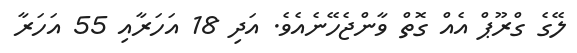
ލޭގެ ގްރޫޕް އެއް ގޮތް ވާންޖެހޭނެއެވެ. އަދި 18 އަހަރާއި 55 އަހަރާ